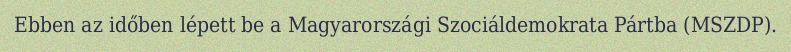
Ebben az időben lépett be a Magyarországi Szociáldemokrata Pártba (MSZDP).